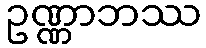
ဥဏ္ဏာဘဿ